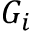
G _ { i }